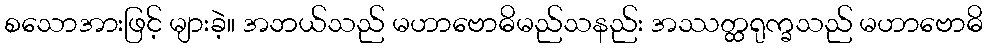
စသောအားဖြင့် များခဲ့။ အဘယ်သည် မဟာဗောဓိမည်သနည်း အဿတ္ထရုက္ခသည် မဟာဗောဓိ